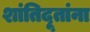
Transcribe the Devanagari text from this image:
शांतिदूतांना